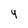
Character: 4